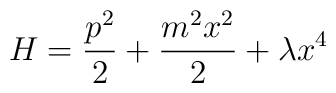
H=\frac{p^2}{2} +\frac{m^2 x^2}{2} +\lambda x^4